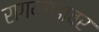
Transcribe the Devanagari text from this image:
रागयगडावर